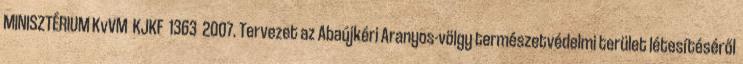
MINISZTÉRIUM KvVM KJKF 1363 2007. Tervezet az Abaújkéri Aranyos-völgy természetvédelmi terület létesítéséről